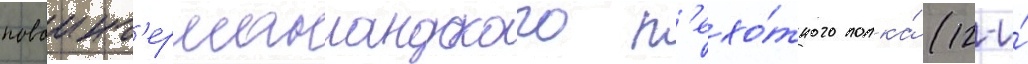
новоинг'ерманландского п'ехо́тного полка́ (12-и́